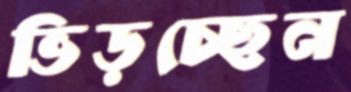
ভিড়চ্ছেন